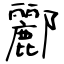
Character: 酈